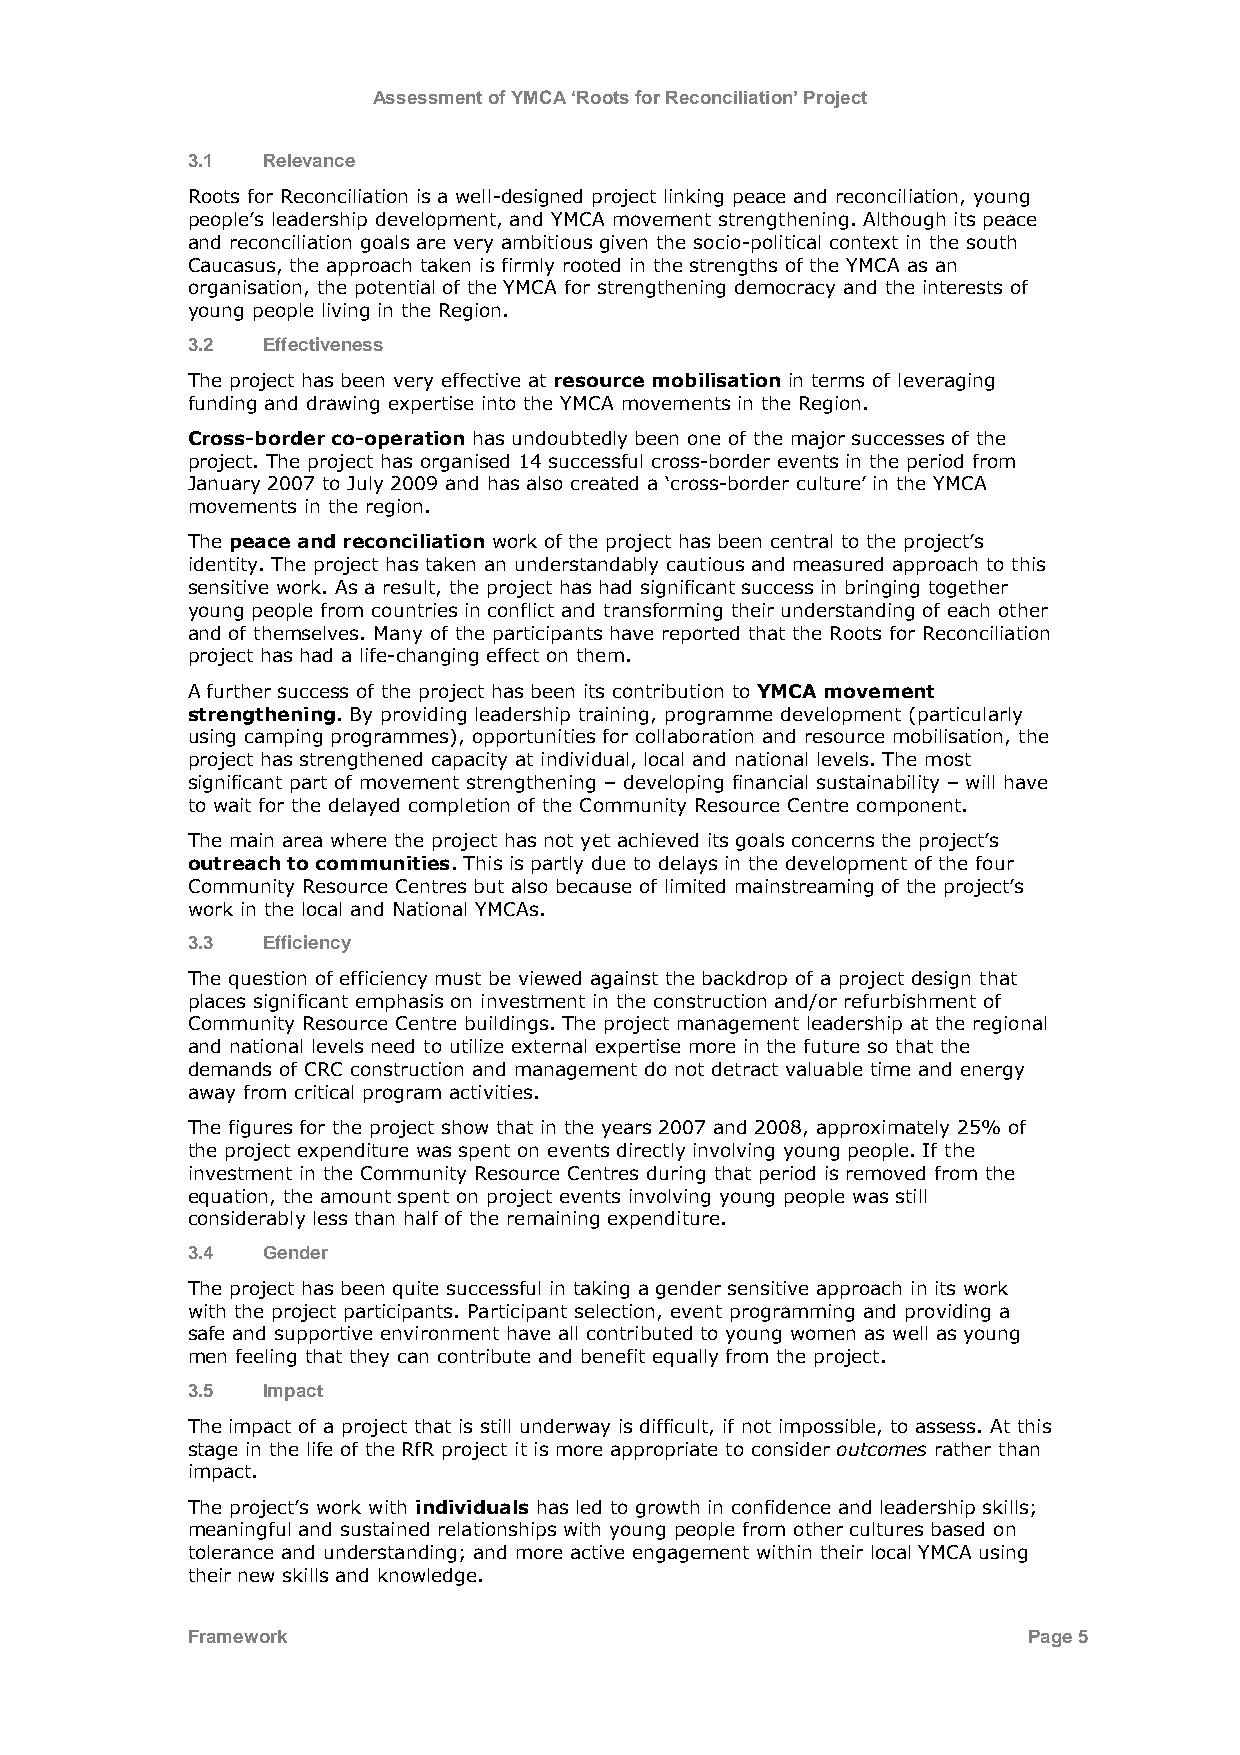
Assessment of YMCA ‘Roots for Reconciliation’ Project
 3.1  Relevance
 Roots for Reconciliation is a well-designed project linking peace and reconciliation, young
 people‟s leadership development, and YMCA movement strengthening. Although its peace
 and reconciliation goals are very ambitious given the socio-political context in the south
 Caucasus, the approach taken is firmly rooted in the strengths of the YMCA as an
 organisation, the potential of the YMCA for strengthening democracy and the interests of
 young people living in the Region.
 3.2  Effectiveness
 The project has been very effective at resource mobilisation in terms of leveraging
 funding and drawing expertise into the YMCA movements in the Region.
 Cross-border co-operation has undoubtedly been one of the major successes of the
 project. The project has organised 14 successful cross-border events in the period from
 January 2007 to July 2009 and has also created a „cross-border culture‟ in the YMCA
 movements in the region.
 The peace and reconciliation work of the project has been central to the project‟s
 identity. The project has taken an understandably cautious and measured approach to this
 sensitive work. As a result, the project has had significant success in bringing together
 young people from countries in conflict and transforming their understanding of each other
 and of themselves. Many of the participants have reported that the Roots for Reconciliation
 project has had a life-changing effect on them.
 A further success of the project has been its contribution to YMCA movement
 strengthening. By providing leadership training, programme development (particularly
 using camping programmes), opportunities for collaboration and resource mobilisation, the
 project has strengthened capacity at individual, local and national levels. The most
 significant part of movement strengthening – developing financial sustainability – will have
 to wait for the delayed completion of the Community Resource Centre component.
 The main area where the project has not yet achieved its goals concerns the project‟s
 outreach to communities. This is partly due to delays in the development of the four
 Community Resource Centres but also because of limited mainstreaming of the project‟s
 work in the local and National YMCAs.
 3.3  Efficiency
 The question of efficiency must be viewed against the backdrop of a project design that
 places significant emphasis on investment in the construction and/or refurbishment of
 Community Resource Centre buildings. The project management leadership at the regional
 and national levels need to utilize external expertise more in the future so that the
 demands of CRC construction and management do not detract valuable time and energy
 away from critical program activities.
 The figures for the project show that in the years 2007 and 2008, approximately 25% of
 the project expenditure was spent on events directly involving young people. If the
 investment in the Community Resource Centres during that period is removed from the
 equation, the amount spent on project events involving young people was still
 considerably less than half of the remaining expenditure.
 3.4  Gender
 The project has been quite successful in taking a gender sensitive approach in its work
 with the project participants. Participant selection, event programming and providing a
 safe and supportive environment have all contributed to young women as well as young
 men feeling that they can contribute and benefit equally from the project.
 3.5  Impact
 The impact of a project that is still underway is difficult, if not impossible, to assess. At this
 stage in the life of the RfR project it is more appropriate to consider outcomes rather than
 impact.
 The project‟s work with individuals has led to growth in confidence and leadership skills;
 meaningful and sustained relationships with young people from other cultures based on
 tolerance and understanding; and more active engagement within their local YMCA using
 their new skills and knowledge.
 Framework                                               Page 5